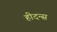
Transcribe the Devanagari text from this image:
हीदन्स